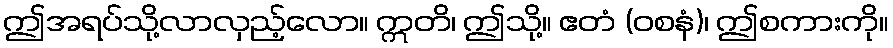
ဤအရပ်သို့လာလှည့်လော။ ဣတိ၊ ဤသို့။ ဧတံ (ဝစနံ)၊ ဤစကားကို။